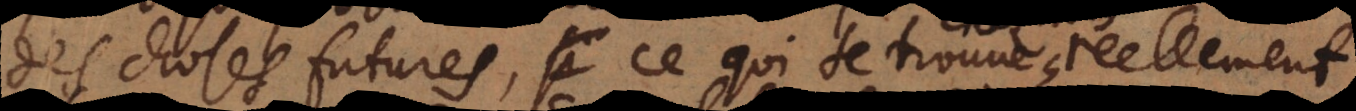
des choses futures, ce qui se trouve chez